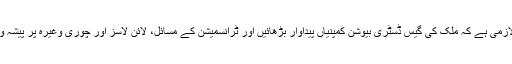
مسائل کے حل کے لیے لازمی ہے کہ ملک کی گیس ڈسٹری بیوشن کمپنیاں پیداوار بڑھائیں اور ٹرانسمیشن کے مسائل، لائن لاسز اور چوری وغیرہ پر پیشہ وارانہ انداز سے قابو پائیں۔